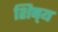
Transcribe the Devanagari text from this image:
शिष़्य